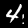
Label: 4